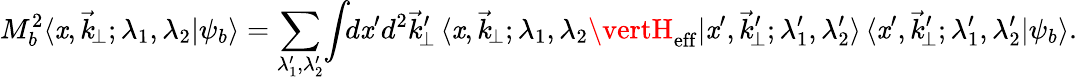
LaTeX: M_{b}^{2}\langle\mathit{x},\vec{{k}}_{\! \perp};\lambda_{1},\lambda_{2}\vert\psi_{b}\rangle=\sum_{\lambda_{1}^{\prime},\lambda_{2}^{\prime}}\! \int\! \! d\mathit{x}^{\prime}d^{2}\vec{{k}}_{\! \perp}^{\prime}\, \langle\mathit{x},\vec{{k}}_{\! \perp};\lambda_{1},\lambda_{2}\vertH_{\mathrm{{eff}}}\vert\mathit{x}^{\prime},\vec{{k}}_{\! \perp}^{\prime};\lambda_{1}^{\prime},\lambda_{2}^{\prime}\rangle\, \langle\mathit{x}^{\prime},\vec{{k}}_{\! \perp}^{\prime};\lambda_{1}^{\prime},\lambda_{2}^{\prime}\vert\psi_{b}\rangle.